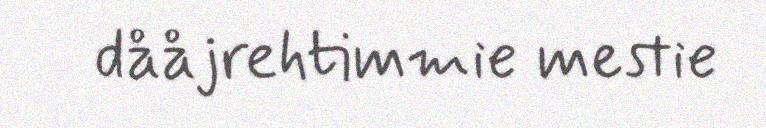
dååjrehtimmie mestie